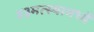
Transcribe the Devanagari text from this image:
४३मत्स्यामध्यें